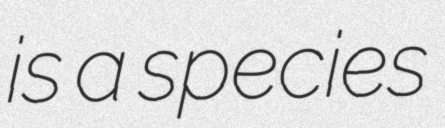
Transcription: is a species